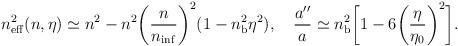
LaTeX: \begin{align*}n_{\rm eff}^2(n,\eta )\simeq n^2-n^2\biggl(\frac{n}{n_{\rm inf}}\biggr)^2(1-n_{\rm b}^2\eta ^2), \quad \frac{a''}{a} \simeq n_{\rm b}^2\biggl[1-6\biggl(\frac{\eta }{\eta _0}\biggr)^2\biggr].\end{align*}